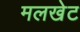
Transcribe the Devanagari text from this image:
मलखेट